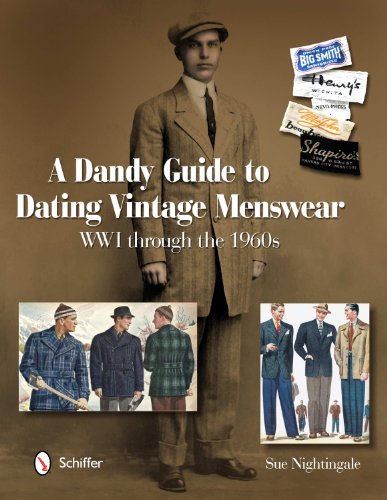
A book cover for A Dandy Guide to Dating Vintage Menswear: WW1 Through the 1960s; Sue Nightingale; Crafts, Hobbies & Home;